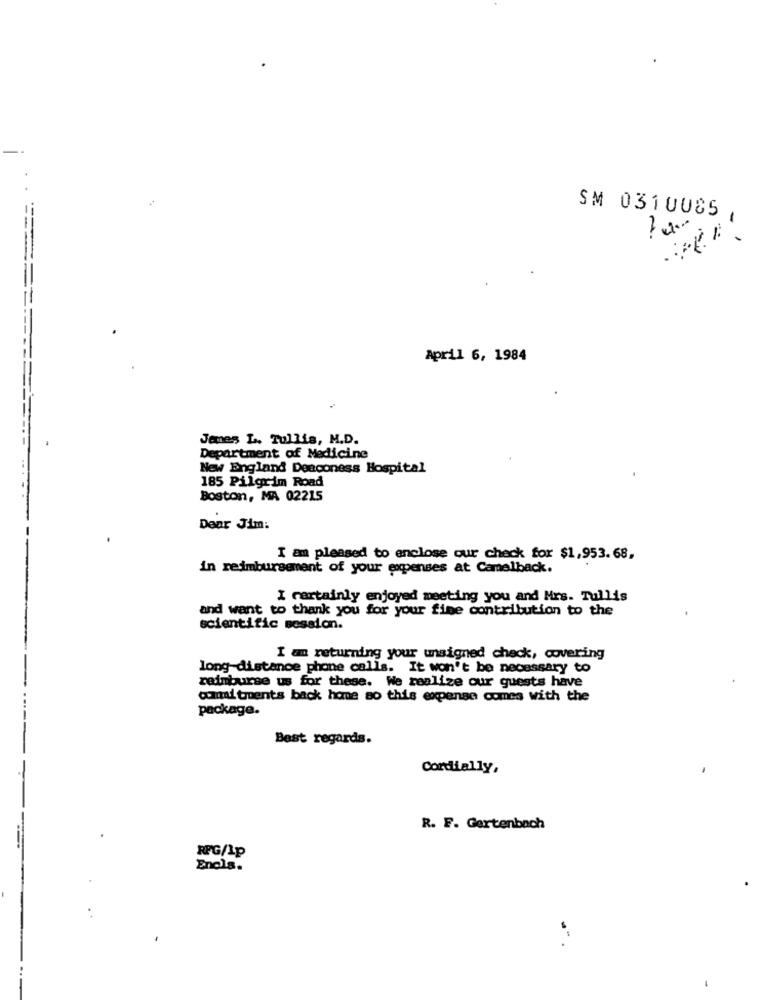
SM 0310085,
...=====
April 6, 1984
James L. Tullis, M.D.
Department of Medicine
New England Deaconess Hospital
185 Pilgrim Road
Boston, MA 02215
Dear Jim:
I am pleased to enclose our check for $1,953.68,
in reimbursement of your expenses at Camelback.
I certainly enjoyed meeting you and Mrs. Tullis
and want to thank you for your fine contribution to the
scientific session.
I am returning your unsigned check, covering
long-distance phone calls. It won't be necessary to
reimburse us for these. We realize our guests have
cumai tents back home so this expense comes with the
package.
Best regards.
Cordially,
R. F. Gertenbach
RPG/1p
Enols.
..